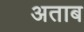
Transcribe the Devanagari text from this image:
अताब